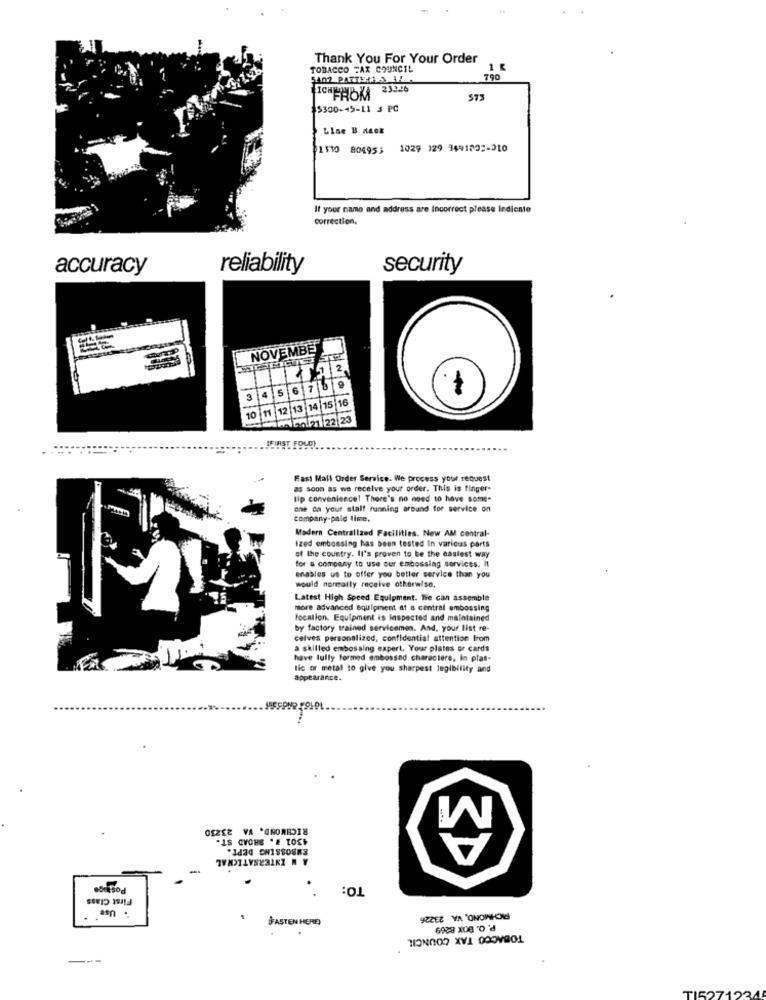
Thank You For Your Order
TOBACCO FAX COUNCIL
1 R
5407 PARTY:1 & 14.
790
23346
ICHFROM
573
19300-45-11 3 PC
Line B Mack
1110 804953
1029 129 3491022-210
If your name and address are Incorrect please Indicate
correction.
accuracy
reliability
security
NOVEMBER
2
6
7
15
12 13
141
21 22 23
FIRST FOLDI
Fast Mail Order Service. We process your request
as soon as we receive your order. This is finger-
tip convenience! There's no need to have some-
one on your stalt running around for service on
company-paid time.
Modern Centralized Facilities. New AM central-
Ized embossing has been tested In various parts
of the country. Il's proven to be the easiest way
for a company to use our embosslag services. It
enables us to offer you better service than you
would normally receive otherwise.
Latest High Speed Equipment. Wie can assemble
more advanced equipment at a central embossing
location. Equipment is Inspected and maintained
by factory trained servicemen. And, your list re-
calves personalized, confidential attention from
a skilled embossing expert. Your plates or cards
have lully formed embossed characters, in plas-
lic or metal to give you sharpest legibility and
appearance.
RICHMOND, VA 23230
.18 CVOHS .& TOCH
Postage
TO:
First Class
asn .
FASTEN HERE
ORZEZ YA 'ONOMION
6938 X00 0 'd
TOBACCO TAX COUNCIL
--
TI5271234